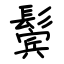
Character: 鬓